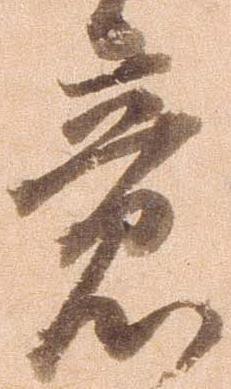
意